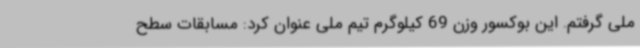
ملی گرفتم. این بوکسور وزن 69 کیلوگرم تیم ملی عنوان کرد: مسابقات سطح